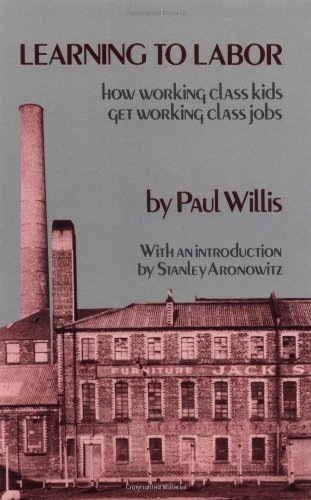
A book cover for Learning to Labor: How Working Class Kids Get Working Class Jobs; Paul Willis; Medical Books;